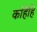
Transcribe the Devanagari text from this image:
कहिहि